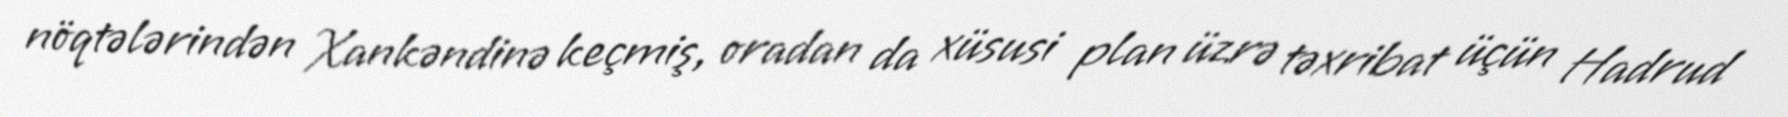
nöqtələrindən Xankəndinə keçmiş, oradan da xüsusi plan üzrə təxribat üçün Hadrud